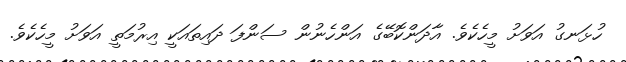
ހުޅަނގު އަވަށު މީހެކެވެ. އާދަންކޮބޭގެ އަންހެނުން ސަންފަ ދައިތައަކީ އިރުމަތީ އަވަށު މީހެކެވެ.